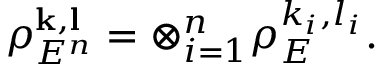
\rho _ { E ^ { n } } ^ { \mathbf { k } , \mathbf { l } } = \otimes _ { i = 1 } ^ { n } \rho _ { E } ^ { k _ { i } , l _ { i } } .